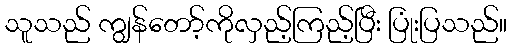
သူသည် ကျွန်တော့်ကိုလှည့်ကြည့်ပြီး ပြုံးပြသည်။